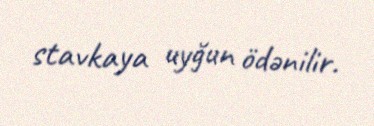
stavkaya uyğun ödənilir.